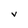
Character: V